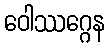
ဝေါဿဂ္ဂေန